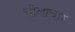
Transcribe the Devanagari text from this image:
चीलाचार